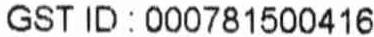
GST ID : 000781500416